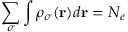
\sum _ { \sigma } \int \rho _ { \sigma } ( { \bf r } ) d { \bf r } = N _ { e }